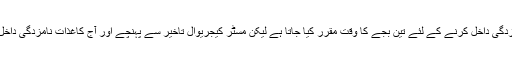
یاد رہے کہ نامزدگی داخل کرنے کے لئے تین بجے کا وقت مقرر کیا جاتا ہے لیکن مسٹر کیجریوال تاخیر سے پہنچے اور آج کاغذات نامزدگی داخل نہیں کر سکے۔